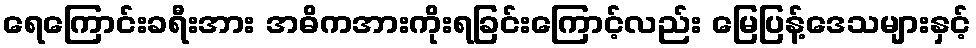
ရေကြောင်းခရီးအား အဓိကအားကိုးရခြင်းကြောင့်လည်း မြေပြန့်ဒေသများနှင့်